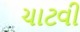
ચાટવી